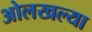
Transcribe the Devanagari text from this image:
ओलखल्या